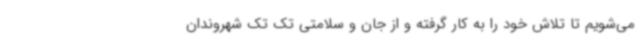
می‌شویم تا تلاش خود را به کار گرفته و از جان و سلامتی تک تک شهروندان